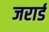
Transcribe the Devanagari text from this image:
जरार्ड